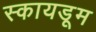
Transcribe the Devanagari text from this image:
स्कायडूम